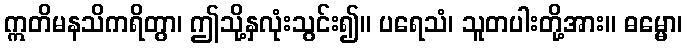
ဣတိမနသိကရိတွာ၊ ဤသို့နှလုံးသွင်း၍။ ပရေသံ၊ သူတပါးတို့အား။ ဓမ္မော၊